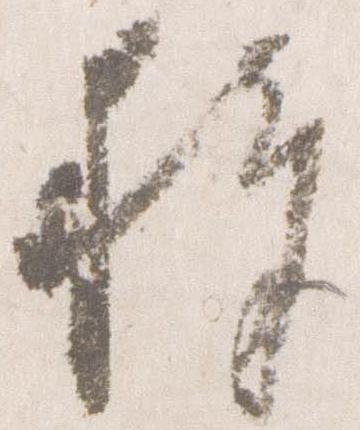
移